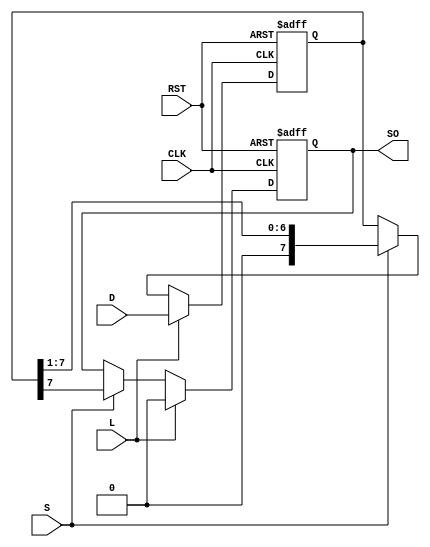
module PISO_Register #(
    parameter n = 8 // Number of bits in the register
)(
    input wire [n-1:0] D,      // Parallel data input
    input wire L,               // Load control signal
    input wire S,               // Shift control signal
    input wire CLK,             // Clock signal
    input wire RST,             // Asynchronous reset signal
    output reg SO               // Serial output
);

    // Internal register to hold the data
    reg [n-1:0] shift_reg;

    always @(posedge CLK or posedge RST) begin
        if (RST) begin
            // Clear the shift register on reset
            shift_reg <= {n{1'b0}};
            SO <= 1'b0;  // Reset the serial output
        end else if (L) begin
            // Load data into the shift register
            shift_reg <= D;
            SO <= 1'b0;  // Reset the serial output while loading
        end else if (S) begin
            // Shift data out serially
            SO <= shift_reg[n-1]; // Output the MSB (first bit)
            shift_reg <= {1'b0, shift_reg[n-1:1]}; // Shift right
        end
    end

endmodule